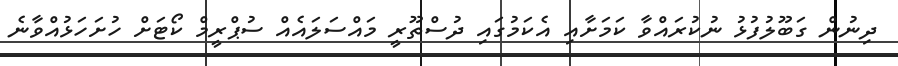
ދިނުން ގަބޫލުފުޅު ނުކުރައްވާ ކަމަށާއި އެކަމުގައި ދުސްތޫރީ މައްސަލައެއް ސުޕްރީމް ކޯޓަށް ހުށަހަޅުއްވާނެ